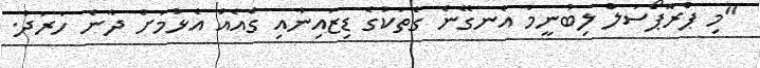
"މި ޕްރޮޕޯސަލް ލިބުނީމަ އެނގޭނެ ގެތަކުގެ ޑިޒައިނާއި ގެއެއް އެޅުމަށް ދާނެ ހަރަދު.